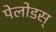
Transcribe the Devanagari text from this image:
पेलोडस्